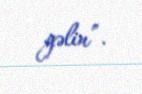
gəlin”.